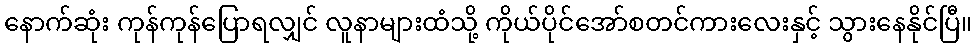
နောက်ဆုံး ကုန်ကုန်ပြောရလျှင် လူနာများထံသို့ ကိုယ်ပိုင်အော်စတင်ကားလေးနှင့် သွားနေနိုင်ပြီ။